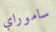
ساموراي